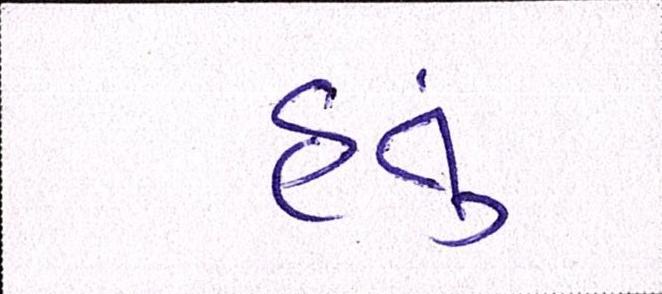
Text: હતું